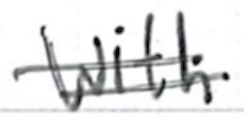
Text: with
Cross-out: mix
Writing tool: ballpoint